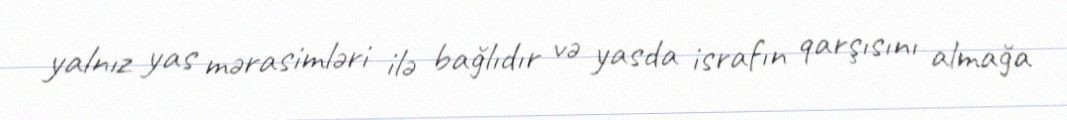
yalnız yas mərasimləri ilə bağlıdır və yasda israfın qarşısını almağa